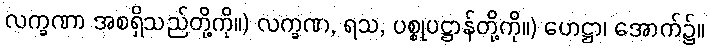
လက္ခဏာ အစရှိသည်တို့ကို။) လက္ခဏ, ရသ, ပစ္စုပဋ္ဌာန်တို့ကို။) ဟေဋ္ဌာ၊ အောက်၌။